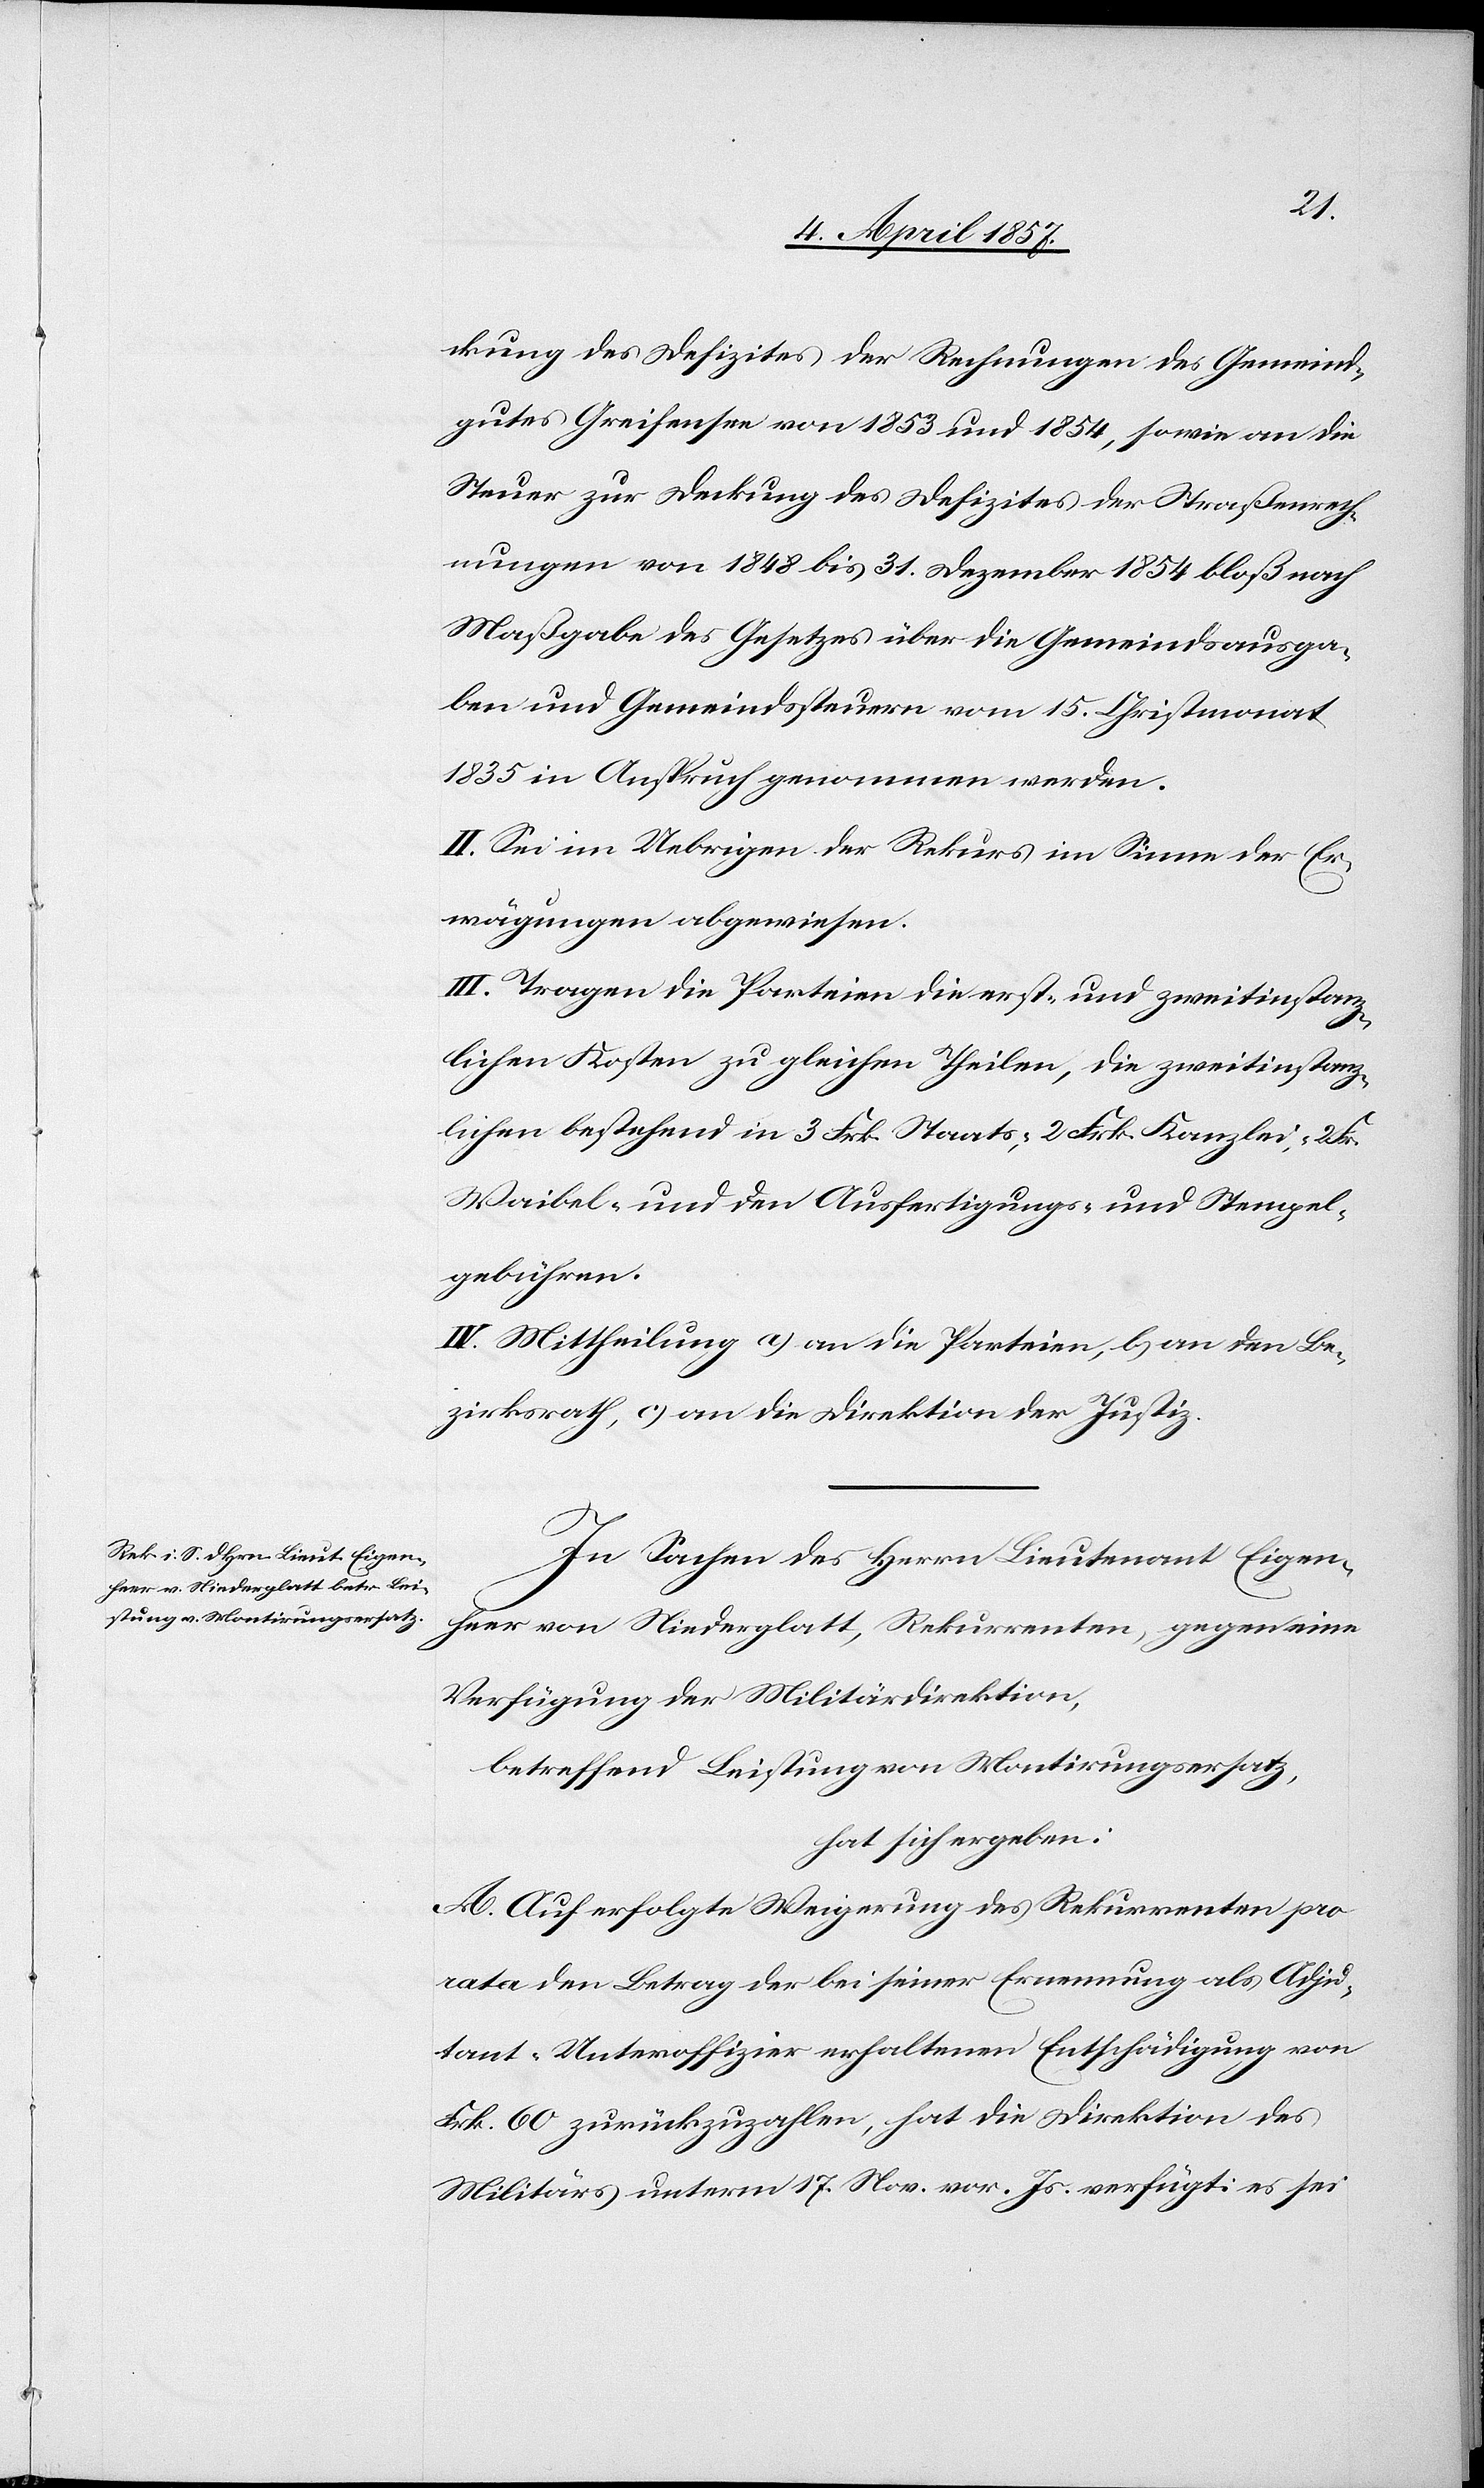
ckung des Defizites der Rechnungen des Gemeind¬
gutes Greifensee von 1853 und 1854, sowie an die
Steuer zur Deckung des Defizites der Straßenrech¬
nungen von 1848 bis 31. Dezember 1854 bloß nach
Maßgabe des Gesetzes über die Gemeindsausga¬
ben und Gemeindssteuern vom 15. Christmonat
1835 in Anspruch genommen werden.
II. Sei im Uebrigen der Rekurs im Sinne der Er¬
wägungen abgewiesen.
III. Tragen die Parteien die erst- und zweitinstanz¬
lichen Kosten zu gleichen Theilen, die zweitinstanz¬
lichen bestehend in 3 Frk. Staats-, 2 Frk. Kanzlei-, 2 Fr.
Waibel- und den Ausfertigungs- und Stempel¬
gebühren.
IV. Mittheilung a) an die Parteien, b) an den Be¬
zirksrath, c) an die Direktion der Justiz.
In Sachen des Herrn Lieutenant Eigen¬
heer von Niederglatt, Rekurrenten, gegen eine
Verfügung der Militärdirektion,
betreffend Leistung von Montirungsersatz,
hat sich ergeben:
A. Auf erfolgte Weigerung des Rekurrenten pro
rata den Betrag der bei seiner Ernennung als Adju¬
tant-Unteroffizier erhaltenen Entschädigung von
Frk. 60 zurückzuzahlen, hat die Direktion des
Militärs unterm 17. Nov. vor. Js. verfügt: es sei